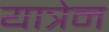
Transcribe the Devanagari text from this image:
यात्रेन